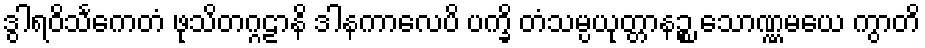
ဒွါရဝိသင်္ကေတံ ဖုသိတဂ္ဂဠာနိ ဒါနကာလေပိ ပက္ခိ တံသမ္ပယုတ္တာနဉ္စ သောဏ္ဏမယေ ကွာတိ